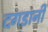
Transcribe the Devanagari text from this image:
दगडानी